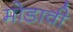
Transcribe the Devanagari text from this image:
मोडावी